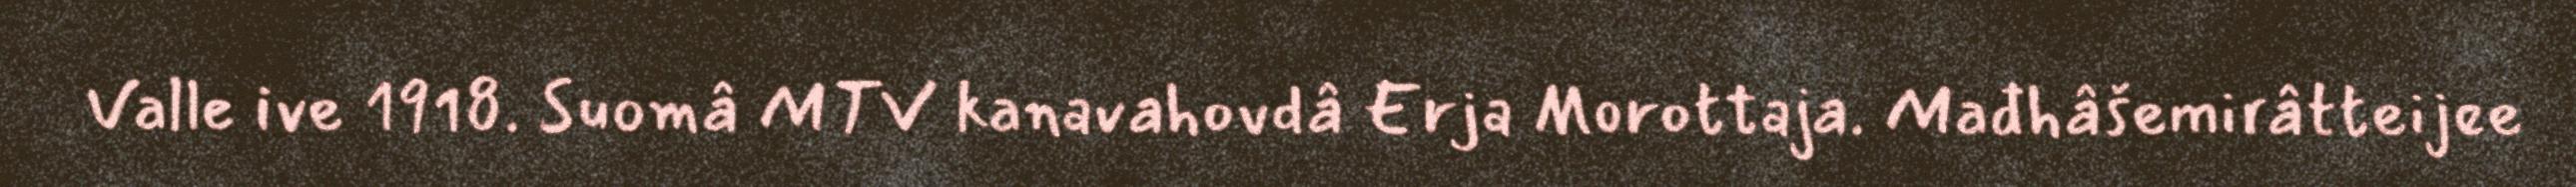
Valle ive 1918. Suomâ MTV kanavahovdâ Erja Morottaja. Mađhâšemirâtteijee